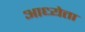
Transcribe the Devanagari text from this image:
आध्येता